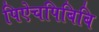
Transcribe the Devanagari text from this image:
पिऐचपिबिबि